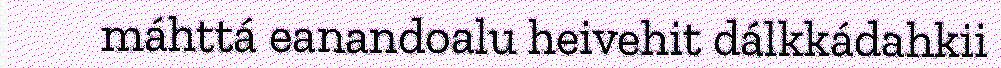
máhttá eanandoalu heivehit dálkkádahkii